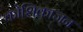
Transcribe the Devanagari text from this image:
कोशिकाजन